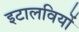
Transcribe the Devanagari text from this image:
इटालवियों